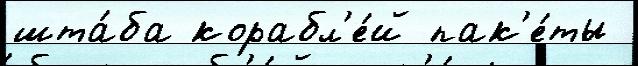
шта́ба корабл'е́й пак'е́ты